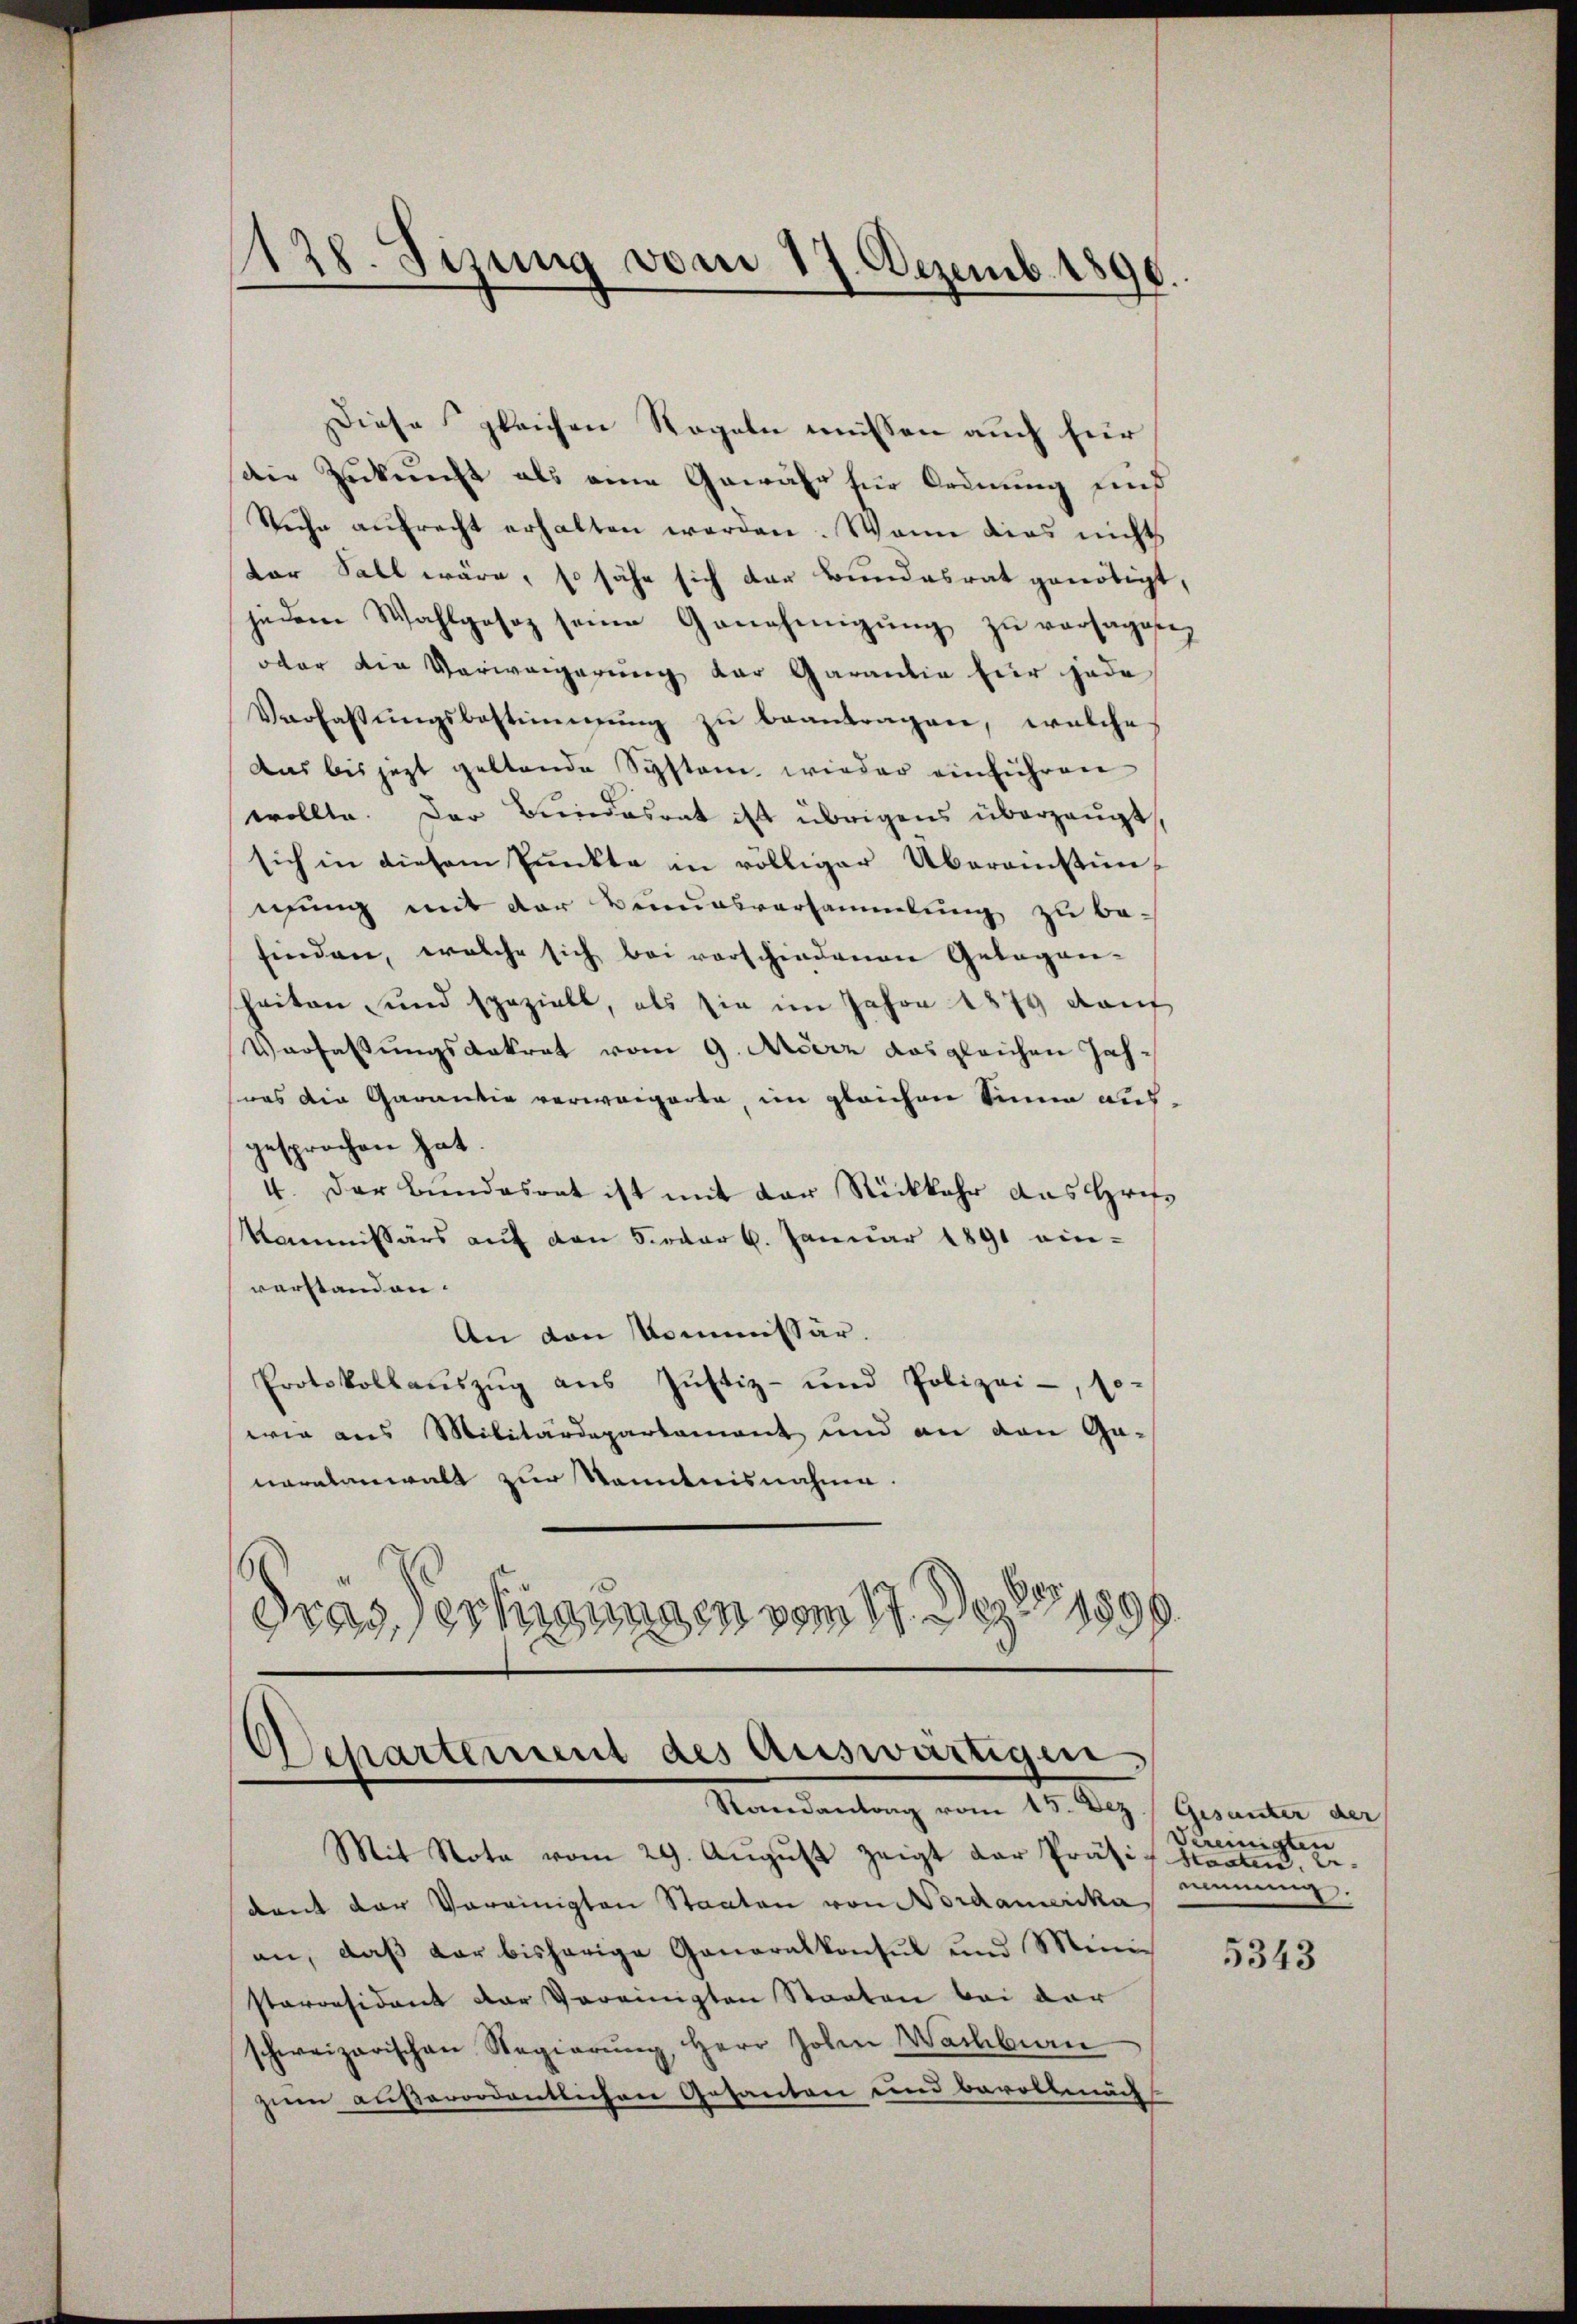
1
128. Sizung vom 17. Dezemb. 1896.

Separtement des Auswärtigen
Randantrag vom 15. Dez. Gesunter der

Diese gleichen Regeln müssen auch für
die Zukunft als eine Gewähr für Ordnung sind
Suche aŭfrecht erhalten werden. Wann dies nicht
tor Sall wäre, so sähe sich der Bundesrat genötigt,
jedem Wahlgesez seine Genehmigŭng zŭ versagen,
ober die Verweigerung der Garantie für jede
Verfassŭngsbestimmung zŭ beantragen, welche
Das bis jezt geltende System wieder einführen
wollte. Der Bundesrat ist übrigens überzeugt,
sich in diesem Punkte in völliger Übereinstunmung mit der Benursversammlung zu be-
finden, welche sich bei vorschiedenen Gelegen-
heiten und spezielt, als sie im Jahre 1879 kauf
Verfassungsdekret vom 9. Aber das gleichen Jahwas die Garantie verweigerte im gleichen Sinne ausgesprochen hat.
4. Der Bŭndesrat ist mit der Rückkehr das Hrif¬
Kommissärs auf den Foder 6. Januar 1891 einverstanden.
An den Kommissär.
Protokollaŭszŭg aŭs Jŭstiz- und Polizei-, so-
wie aus Militärdepartement und an den Ga-
nareanwalt zur Kenntnisnahme.
dras, erkungen vom 17. Dez. 1890.

Mit Nota vom 29. August zeigt der Präsidant der Vereinigten Staaten von Nordamerika
an, daß dar bisherige Generalkonsul und Ministarresident der Vereinigten Staaten bei der
schweizerischen Regierŭng, Herr Johan Wachbin
zum außerordentlichen Gesanten und bevollmäch

Vereinigten
Staaten, be-
nemmung.

5343